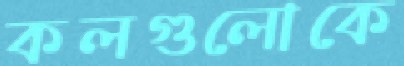
কলগুলোকে